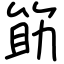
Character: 筯